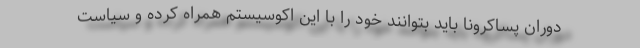
دوران پساکرونا باید بتوانند خود را با این اکوسیستم همراه کرده و سیاست